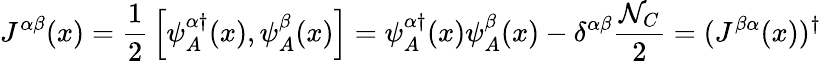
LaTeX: J^{\alpha\beta}(x)={\frac{1}{2}}\left[\psi_{A}^{\alpha\dagger}(x),\psi_{A}^{\beta}(x)\right]=\psi_{A}^{\alpha\dagger}(x)\psi_{A}^{\beta}(x)-\delta^{\alpha\beta}{\frac{{\cal N}_{C}}{2}}=(J^{\beta\alpha}(x))^{\dagger}